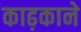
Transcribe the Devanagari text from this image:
काढ़काने